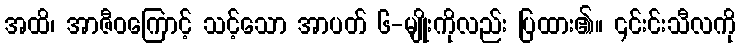
အထိ၊ အာဇီဝကြောင့် သင့်သော အာပတ် ၆-မျိုးကိုလည်း ပြထား၏။ ၎င်းင်းသီလကို